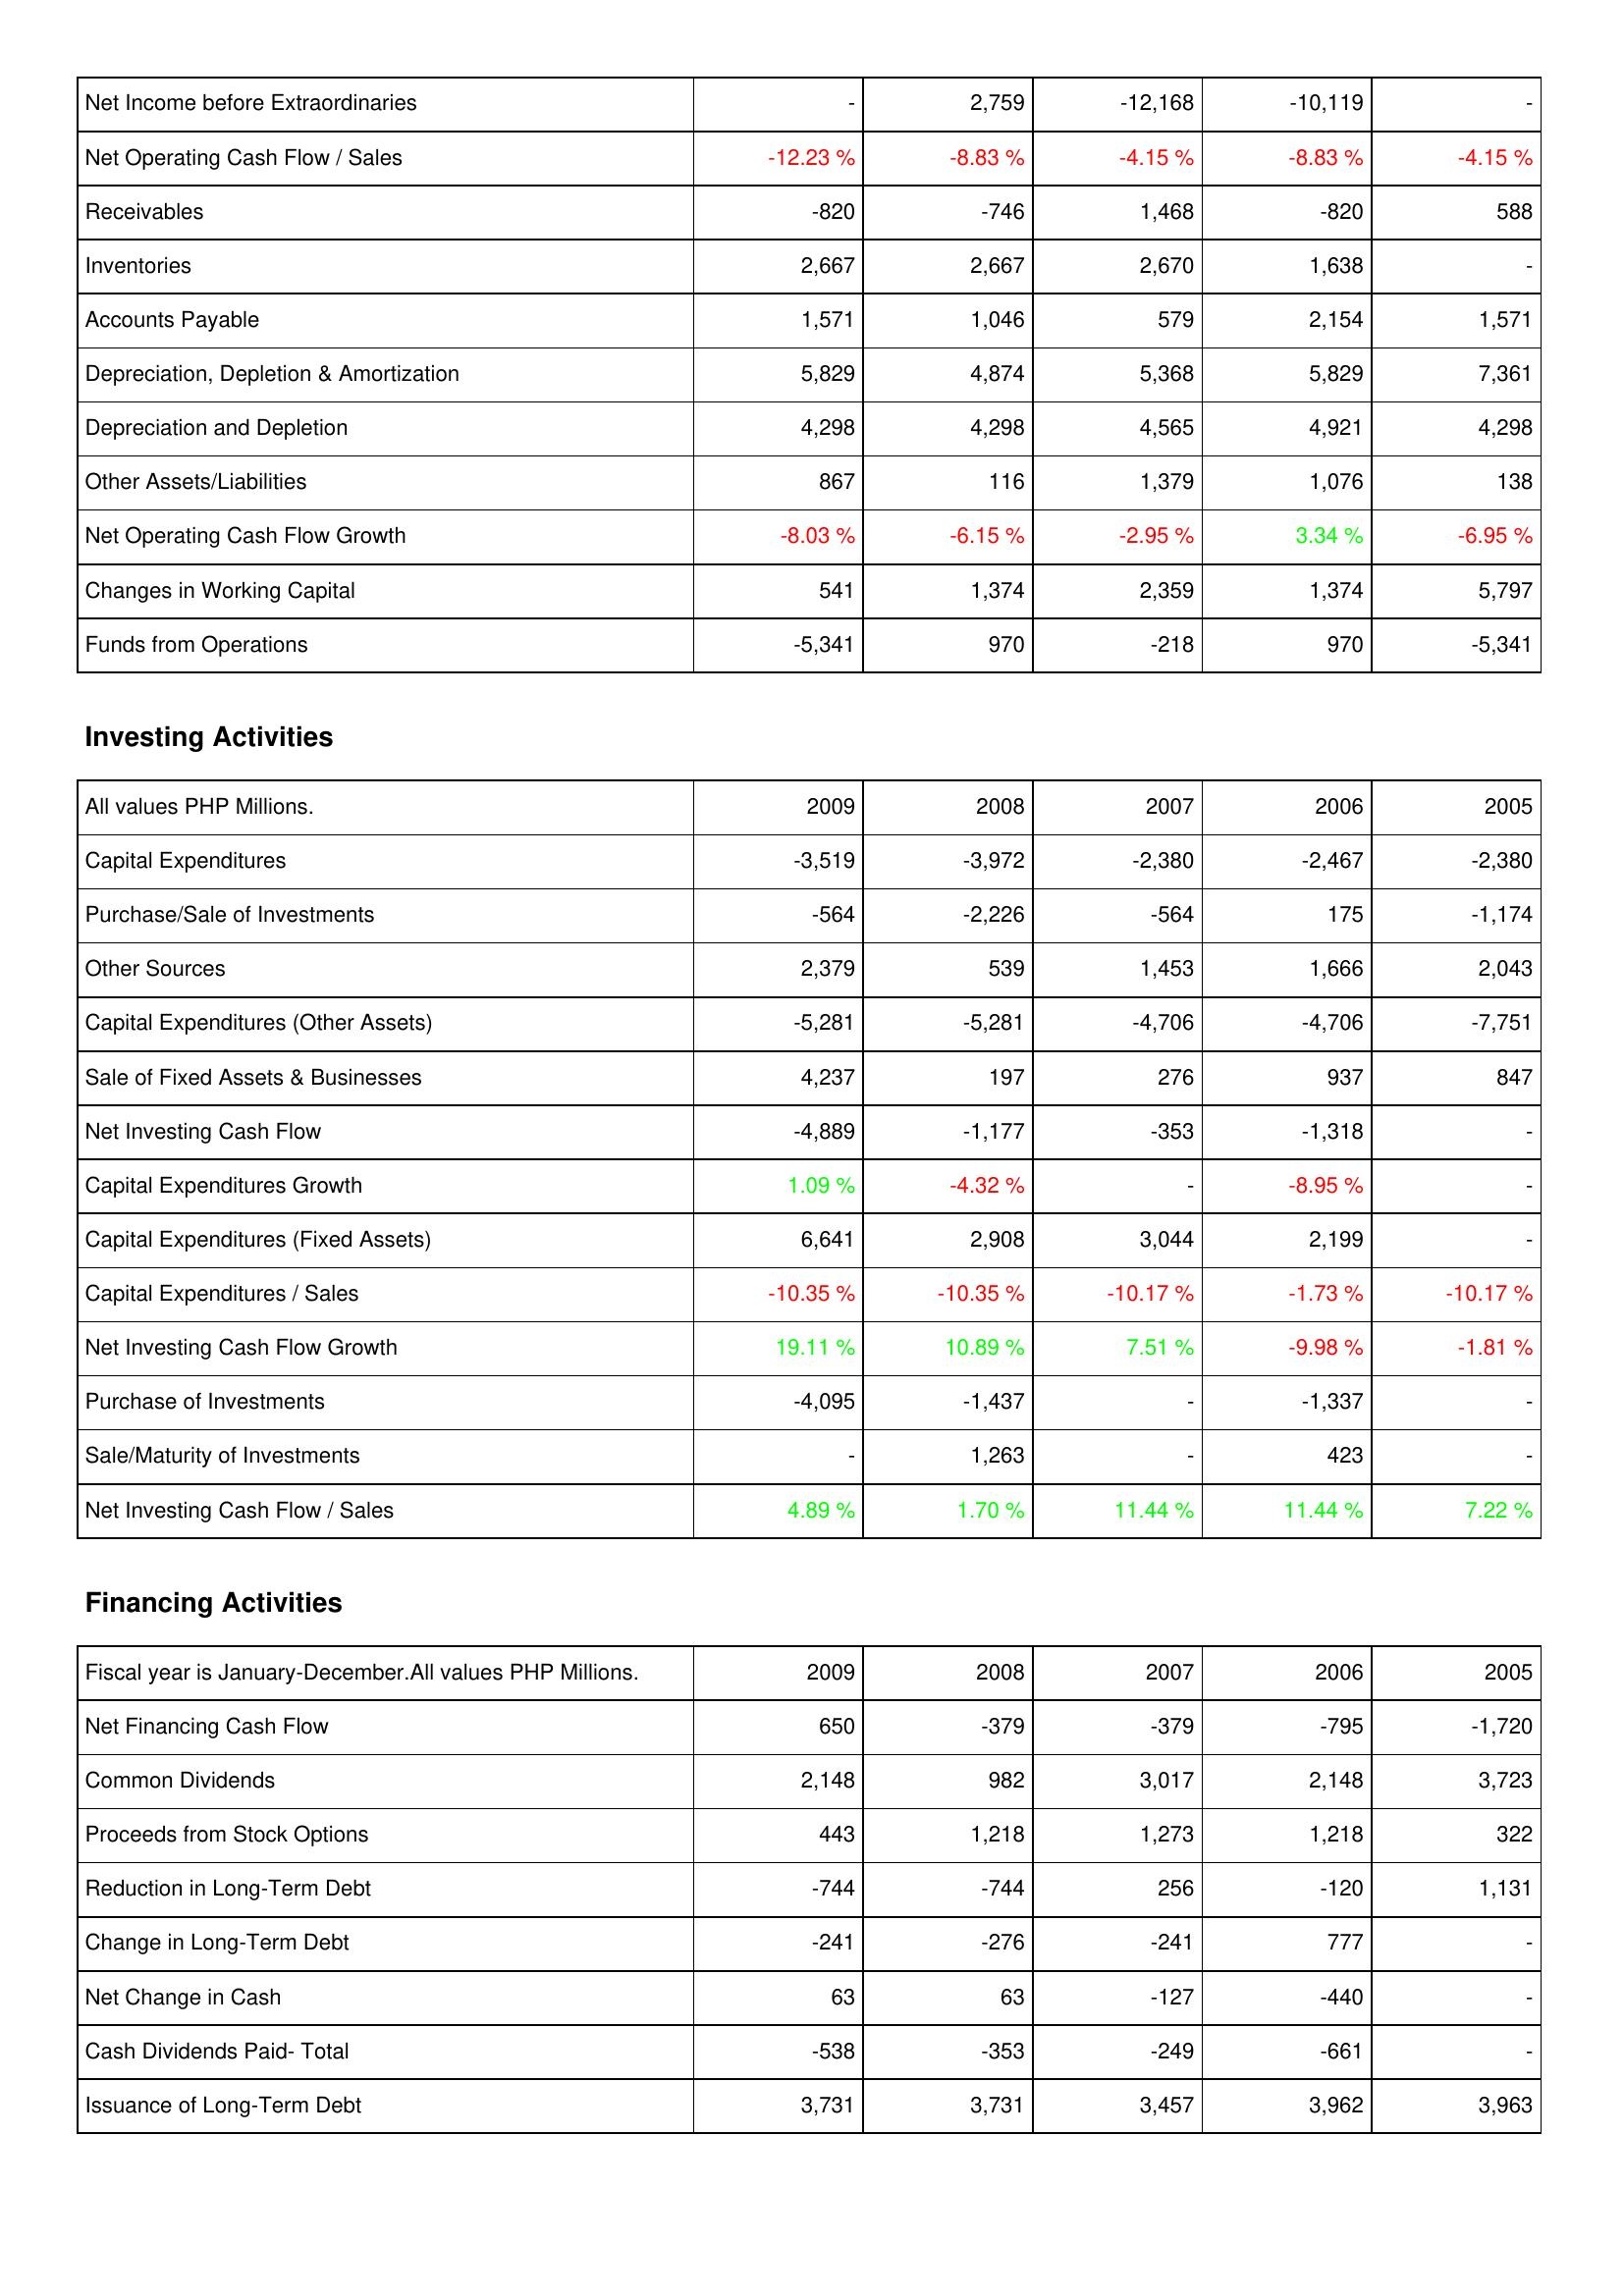
2009: Operating Activities: Net Income before Extraordinaries: -
Net Operating Cash Flow / Sales: -12.23 %
Receivables: -820
Inventories: 2,667
Accounts Payable: 1,571
Depreciation, Depletion & Amortization: 5,829
Depreciation and Depletion: 4,298
Other Assets/Liabilities: 867
Net Operating Cash Flow Growth: -8.03 %
Changes in Working Capital: 541
Funds from Operations: -5,341
Investing Activities: Capital Expenditures: -3,519
Purchase/Sale of Investments: -564
Other Sources: 2,379
Capital Expenditures (Other Assets): -5,281
Sale of Fixed Assets & Businesses: 4,237
Net Investing Cash Flow: -4,889
Capital Expenditures Growth: 1.09 %
Capital Expenditures (Fixed Assets): 6,641
Capital Expenditures / Sales: -10.35 %
Net Investing Cash Flow Growth: 19.11 %
Purchase of Investments: -4,095
Sale/Maturity of Investments: -
Net Investing Cash Flow / Sales: 4.89 %
Financing Activities: Net Financing Cash Flow: 650
Common Dividends: 2,148
Proceeds from Stock Options: 443
Reduction in Long-Term Debt: -744
Change in Long-Term Debt: -241
Net Change in Cash: 63
Cash Dividends Paid- Total: -538
Issuance of Long-Term Debt: 3,731
2008: Operating Activities: Net Income before Extraordinaries: 2,759
Net Operating Cash Flow / Sales: -8.83 %
Receivables: -746
Inventories: 2,667
Accounts Payable: 1,046
Depreciation, Depletion & Amortization: 4,874
Depreciation and Depletion: 4,298
Other Assets/Liabilities: 116
Net Operating Cash Flow Growth: -6.15 %
Changes in Working Capital: 1,374
Funds from Operations: 970
Investing Activities: Capital Expenditures: -3,972
Purchase/Sale of Investments: -2,226
Other Sources: 539
Capital Expenditures (Other Assets): -5,281
Sale of Fixed Assets & Businesses: 197
Net Investing Cash Flow: -1,177
Capital Expenditures Growth: -4.32 %
Capital Expenditures (Fixed Assets): 2,908
Capital Expenditures / Sales: -10.35 %
Net Investing Cash Flow Growth: 10.89 %
Purchase of Investments: -1,437
Sale/Maturity of Investments: 1,263
Net Investing Cash Flow / Sales: 1.70 %
Financing Activities: Net Financing Cash Flow: -379
Common Dividends: 982
Proceeds from Stock Options: 1,218
Reduction in Long-Term Debt: -744
Change in Long-Term Debt: -276
Net Change in Cash: 63
Cash Dividends Paid- Total: -353
Issuance of Long-Term Debt: 3,731
2007: Operating Activities: Net Income before Extraordinaries: -12,168
Net Operating Cash Flow / Sales: -4.15 %
Receivables: 1,468
Inventories: 2,670
Accounts Payable: 579
Depreciation, Depletion & Amortization: 5,368
Depreciation and Depletion: 4,565
Other Assets/Liabilities: 1,379
Net Operating Cash Flow Growth: -2.95 %
Changes in Working Capital: 2,359
Funds from Operations: -218
Investing Activities: Capital Expenditures: -2,380
Purchase/Sale of Investments: -564
Other Sources: 1,453
Capital Expenditures (Other Assets): -4,706
Sale of Fixed Assets & Businesses: 276
Net Investing Cash Flow: -353
Capital Expenditures Growth: -
Capital Expenditures (Fixed Assets): 3,044
Capital Expenditures / Sales: -10.17 %
Net Investing Cash Flow Growth: 7.51 %
Purchase of Investments: -
Sale/Maturity of Investments: -
Net Investing Cash Flow / Sales: 11.44 %
Financing Activities: Net Financing Cash Flow: -379
Common Dividends: 3,017
Proceeds from Stock Options: 1,273
Reduction in Long-Term Debt: 256
Change in Long-Term Debt: -241
Net Change in Cash: -127
Cash Dividends Paid- Total: -249
Issuance of Long-Term Debt: 3,457
2006: Operating Activities: Net Income before Extraordinaries: -10,119
Net Operating Cash Flow / Sales: -8.83 %
Receivables: -820
Inventories: 1,638
Accounts Payable: 2,154
Depreciation, Depletion & Amortization: 5,829
Depreciation and Depletion: 4,921
Other Assets/Liabilities: 1,076
Net Operating Cash Flow Growth: 3.34 %
Changes in Working Capital: 1,374
Funds from Operations: 970
Investing Activities: Capital Expenditures: -2,467
Purchase/Sale of Investments: 175
Other Sources: 1,666
Capital Expenditures (Other Assets): -4,706
Sale of Fixed Assets & Businesses: 937
Net Investing Cash Flow: -1,318
Capital Expenditures Growth: -8.95 %
Capital Expenditures (Fixed Assets): 2,199
Capital Expenditures / Sales: -1.73 %
Net Investing Cash Flow Growth: -9.98 %
Purchase of Investments: -1,337
Sale/Maturity of Investments: 423
Net Investing Cash Flow / Sales: 11.44 %
Financing Activities: Net Financing Cash Flow: -795
Common Dividends: 2,148
Proceeds from Stock Options: 1,218
Reduction in Long-Term Debt: -120
Change in Long-Term Debt: 777
Net Change in Cash: -440
Cash Dividends Paid- Total: -661
Issuance of Long-Term Debt: 3,962
2005: Operating Activities: Net Income before Extraordinaries: -
Net Operating Cash Flow / Sales: -4.15 %
Receivables: 588
Inventories: -
Accounts Payable: 1,571
Depreciation, Depletion & Amortization: 7,361
Depreciation and Depletion: 4,298
Other Assets/Liabilities: 138
Net Operating Cash Flow Growth: -6.95 %
Changes in Working Capital: 5,797
Funds from Operations: -5,341
Investing Activities: Capital Expenditures: -2,380
Purchase/Sale of Investments: -1,174
Other Sources: 2,043
Capital Expenditures (Other Assets): -7,751
Sale of Fixed Assets & Businesses: 847
Net Investing Cash Flow: -
Capital Expenditures Growth: -
Capital Expenditures (Fixed Assets): -
Capital Expenditures / Sales: -10.17 %
Net Investing Cash Flow Growth: -1.81 %
Purchase of Investments: -
Sale/Maturity of Investments: -
Net Investing Cash Flow / Sales: 7.22 %
Financing Activities: Net Financing Cash Flow: -1,720
Common Dividends: 3,723
Proceeds from Stock Options: 322
Reduction in Long-Term Debt: 1,131
Change in Long-Term Debt: -
Net Change in Cash: -
Cash Dividends Paid- Total: -
Issuance of Long-Term Debt: 3,963